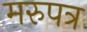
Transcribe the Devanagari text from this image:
मरुपत्र